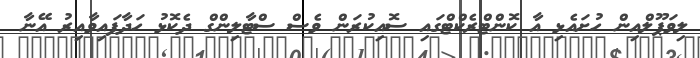
ލިވަޕޫލްއިން ހުށައެޅި އާ ކޮންޓްރެކްޓްގައި ސޮއިކުރަން ވެސް ސްޓާލިންގް ދެކޮޅު ހަދާފައިވާއިރު އޭނާ